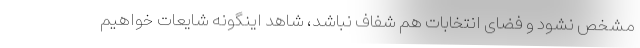
مشخص نشود و فضای انتخابات هم شفاف نباشد، شاهد اینگونه شایعات خواهیم